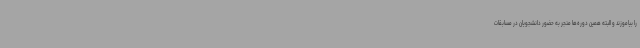
را بیاموزند و البته همین دوره‌ها منجر به حضور دانشجویان در مسابقات